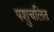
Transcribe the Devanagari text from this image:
पशुचलित